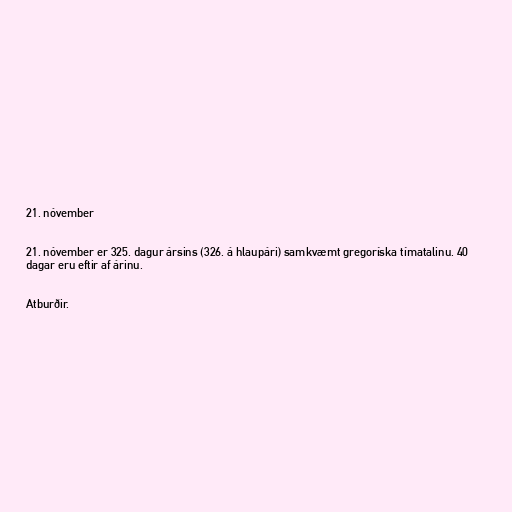
21. nóvember

21. nóvember er 325. dagur ársins (326. á hlaupári) samkvæmt gregoríska tímatalinu. 40
dagar eru eftir af árinu.

Atburðir.